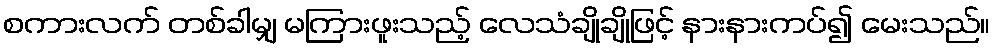
စကားလက် တစ်ခါမျှ မကြားဖူးသည့် လေသံချိုချိုဖြင့် နားနားကပ်၍ မေးသည်။